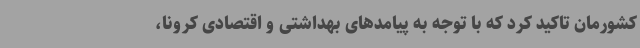
کشورمان تاکید کرد که با توجه به پیامدهای بهداشتی و اقتصادی کرونا،